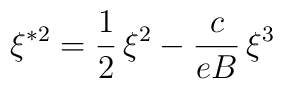
\xi ^{\ast 2}=\frac{1}{2}\,\xi ^{2}-\frac{c}{eB}\,\xi ^{3}